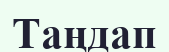
Таңдап